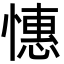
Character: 憓